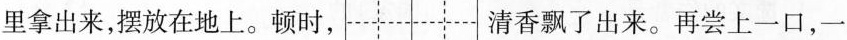
里拿出来，摆放在地上。顿时， 清香飘了出来。再尝上一口，一